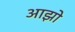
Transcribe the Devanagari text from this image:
आझो